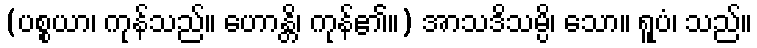
(ပစ္စယာ၊ ကုန်သည်။ ဟောန္တိ၊ ကုန်၏။) အာသဒိသမ္ပိ၊ သော။ ရူပံ၊ သည်။